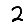
Digit: 2